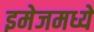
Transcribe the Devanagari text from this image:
इमेजमध्ये